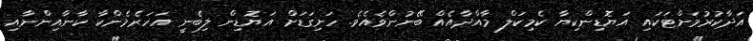
އަދާކުރުމަށްޓަކައި އަޔޮޑިންކިޔާ ކެމިކަލް މާއްދާއެއް ބޭނުންވެއެވެ. ހަށިގަޑަށް އަޔޮޑިން ލިބެނީ އަހަރެމެންކާ ކާނާއިންނާއި